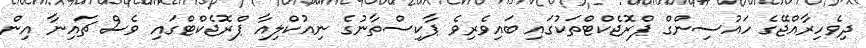
ދިވެހިރާއްޖޭގެ ހައުސިންގް ޕްރޮޖެކްޓްތަކުގައި ބައިވެރިވެ ޕާކިސްތާނުގެ ނިއުކްލިއާ ޕްރޮޖެކްޓްގައި ވެސް ޗައިނާ އިން